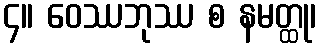
၄။ ဝေဿဘုဿ စ နမတ္ထု၊